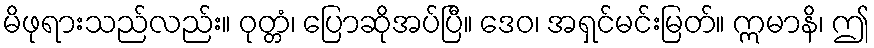
မိဖုရားသည်လည်း။ ဝုတ္တံ၊ ပြောဆိုအပ်ပြီ။ ဒေဝ၊ အရှင်မင်းမြတ်။ ဣမာနိ၊ ဤ